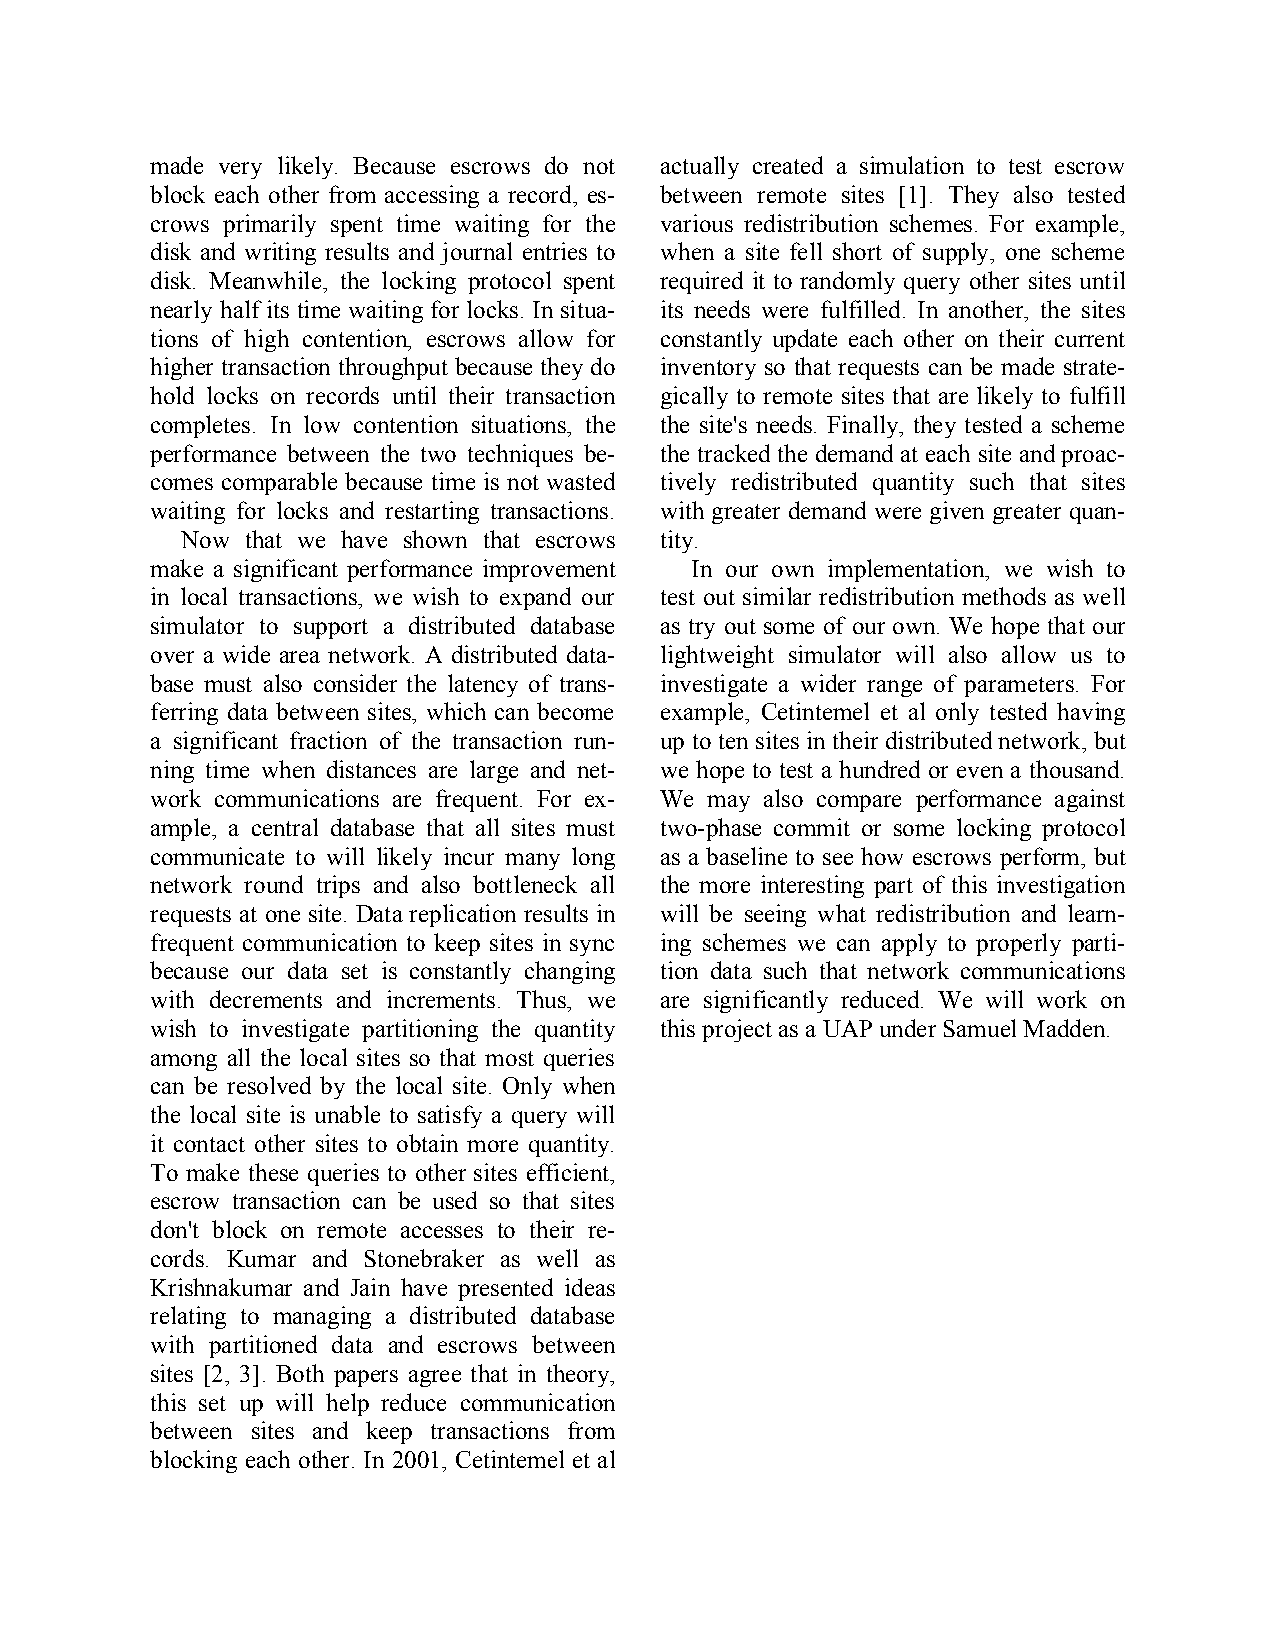
made very likely. Because escrows do not actually created a simulation to test escrow
 block each other from accessing a record, es- between remote sites [1]. They also tested
 crows primarily spent time waiting for the various redistribution schemes. For example,
 disk and writing results and journal entries to when a site fell short of supply, one scheme
 disk. Meanwhile, the locking protocol spent required it to randomly query other sites until
 nearly half its time waiting for locks. In situa- its needs were fulfilled. In another, the sites
 tions of high contention, escrows allow for constantly update each other on their current
 higher transaction throughput because they do inventory so that requests can be made strate-
 hold locks on records until their transaction gically to remote sites that are likely to fulfill
 completes. In low contention situations, the the site's needs. Finally, they tested a scheme
 performance between the two techniques be- the tracked the demand at each site and proac-
 comes comparable because time is not wasted tively redistributed quantity such that sites
 waiting for locks and restarting transactions. with greater demand were given greater quan-
 Now that we have shown that escrows tity.
 make a significant performance improvement In our own implementation, we wish to
 in local transactions, we wish to expand our test out similar redistribution methods as well
 simulator to support a distributed database as try out some of our own. We hope that our
 over a wide area network. A distributed data- lightweight simulator will also allow us to
 base must also consider the latency of trans- investigate a wider range of parameters. For
 ferring data between sites, which can become example, Cetintemel et al only tested having
 a significant fraction of the transaction run- up to ten sites in their distributed network, but
 ning time when distances are large and net- we hope to test a hundred or even a thousand.
 work communications are frequent. For ex- We may also compare performance against
 ample, a central database that all sites must two-phase commit or some locking protocol
 communicate to will likely incur many long as a baseline to see how escrows perform, but
 network round trips and also bottleneck all the more interesting part of this investigation
 requests at one site. Data replication results in will be seeing what redistribution and learn-
 frequent communication to keep sites in sync ing schemes we can apply to properly parti-
 because our data set is constantly changing tion data such that network communications
 with decrements and increments. Thus, we are significantly reduced. We will work on
 wish to investigate partitioning the quantity this project as a UAP under Samuel Madden.
 among all the local sites so that most queries
 can be resolved by the local site. Only when
 the local site is unable to satisfy a query will
 it contact other sites to obtain more quantity.
 To make these queries to other sites efficient,
 escrow transaction can be used so that sites
 don't block on remote accesses to their re-
 cords. Kumar and Stonebraker as well as
 Krishnakumar and Jain have presented ideas
 relating to managing a distributed database
 with partitioned data and escrows between
 sites [2, 3]. Both papers agree that in theory,
 this set up will help reduce communication
 between sites and keep transactions from
 blocking each other. In 2001, Cetintemel et al